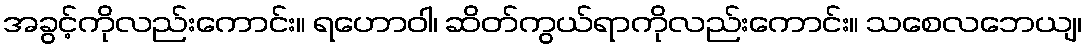
အခွင့်ကိုလည်းကောင်း။ ရဟောဝါ၊ ဆိတ်ကွယ်ရာကိုလည်းကောင်း။ သစေလဘေယျ၊